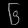
Digit: ၆